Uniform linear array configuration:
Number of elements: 32
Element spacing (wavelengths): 0.75
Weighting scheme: uniform
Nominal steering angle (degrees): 30
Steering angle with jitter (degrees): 28.839
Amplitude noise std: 0.05
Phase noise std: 0.05

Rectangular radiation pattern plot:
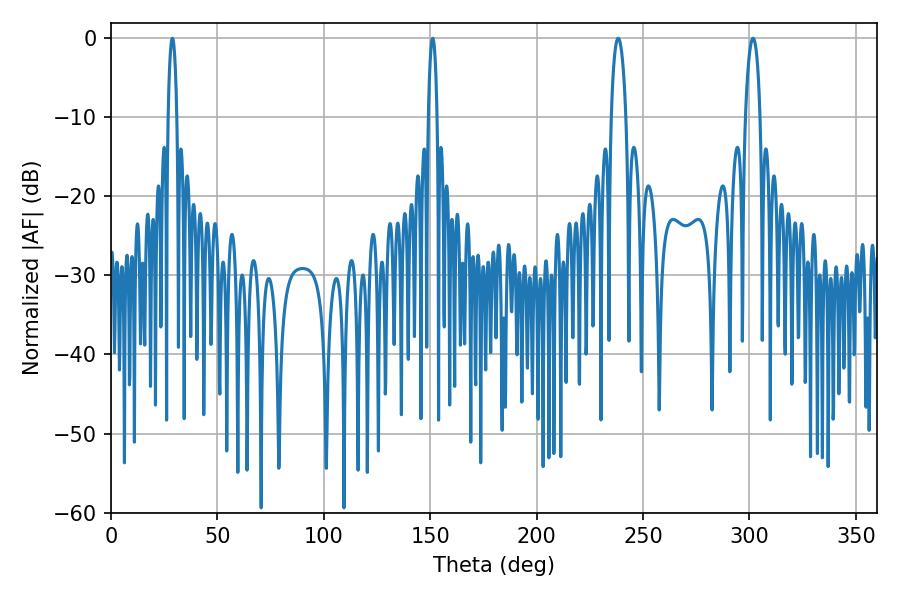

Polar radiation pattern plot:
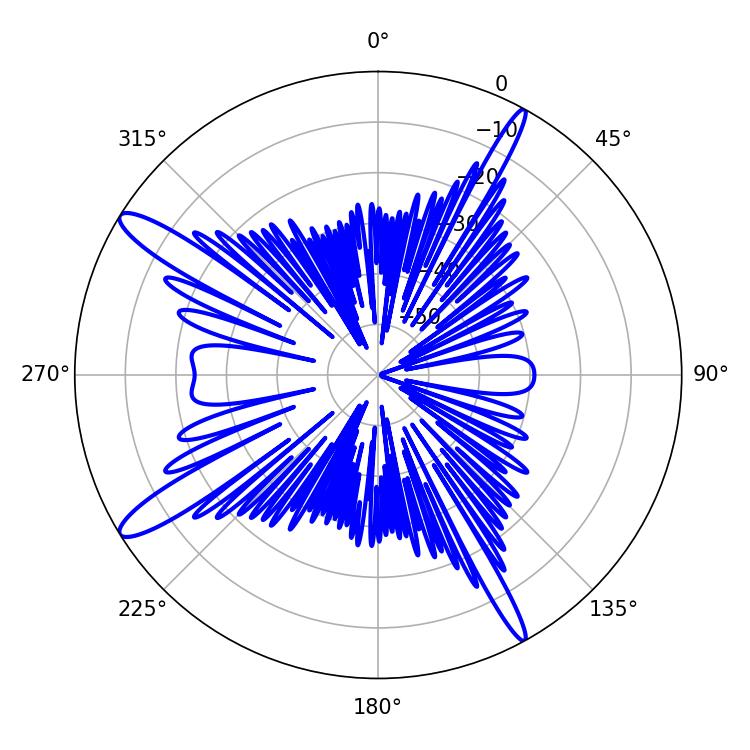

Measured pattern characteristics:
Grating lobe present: TRUE
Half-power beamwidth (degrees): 3.96
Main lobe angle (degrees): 301.68